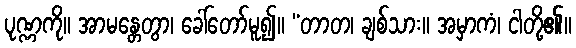
ပုဏ္ဏကို။ အာမန္တေတွာ၊ ခေါ်တော်မူ၍။ “တာတ၊ ချစ်သား။ အမှာကံ၊ ငါတို့၏။